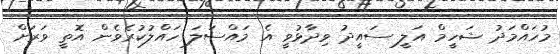
މުހައްމަދު ޝަހީމް އަލީ ސައީދު ވިދާޅުވީ އެ މައްސަލަ ހައްލުކުރެވެން އޮތީ ވަރަށް